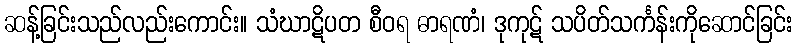
ဆန့်ခြင်းသည်လည်းကောင်း။ သံဃာဋိပတ စီဝရ ဓာရဏံ၊ ဒုကုဋ် သပိတ်သင်္ကန်းကိုဆောင်ခြင်း